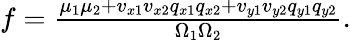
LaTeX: \begin{array}{r}{f=\frac{\mu_{1}\mu_{2}+v_{x1}v_{x2}q_{x1}q_{x2}+v_{y1}v_{y2}q_{y1}q_{y2}}{\Omega_{1}\Omega_{2}}.}\end{array}